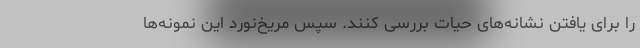
را برای یافتن نشانه‌های حیات بررسی کنند. سپس مریخ‌نورد این نمونه‌ها